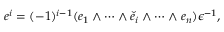
e ^ { i } = ( - 1 ) ^ { i - 1 } ( e _ { 1 } \wedge \cdots \wedge { \check { e } } _ { i } \wedge \cdots \wedge e _ { n } ) \epsilon ^ { - 1 } ,